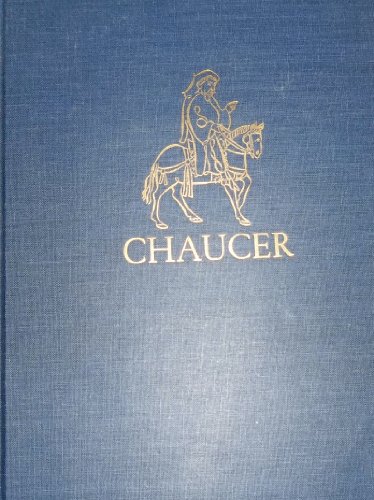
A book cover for The Complete Works of Geoffrey Chaucer; F. N. Robinson - Editor; Literature & Fiction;